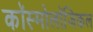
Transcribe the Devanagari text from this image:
कॉस्मोलॉजिकल